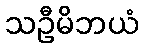
သဦမိဘယံ